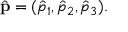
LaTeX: \hat { \bf p } = ( \hat { p } _ { 1 } , \hat { p } _ { 2 } , \hat { p } _ { 3 } ) .